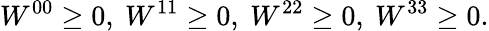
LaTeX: W^{00}\geq 0,~W^{11}\geq 0,~W^{22}\geq 0,~W^{33}\geq 0.